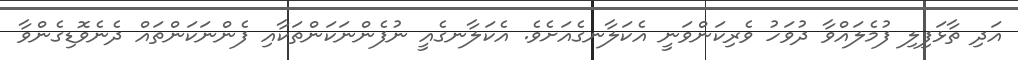
އަދި ތާޅަފިލި ފުމެލައްވާ ދުވަހު ވެރިކަންވަނީ އެކަލާނގެއަށެވެ. އެކަލާނގެއީ ނުފެންނަކަންތަކާއި ފެންނަކަންތައް ދެނެވޮޑިގެންވާ